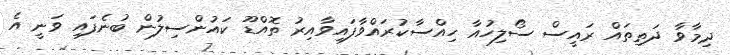
ދިމާވާ ދަތިތައް ރައީސް ސޯލިހުއާ ހިއްސާކުރައްވާފައިވާއިރު ތޮއްޑޫ ކައުންސިލުން ބުނެފައި ވަނީ އެ